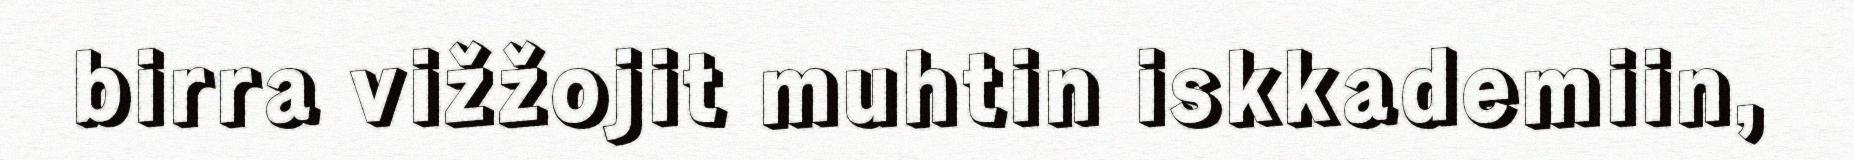
birra vižžojit muhtin iskkademiin,